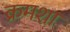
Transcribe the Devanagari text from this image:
क्रमशा